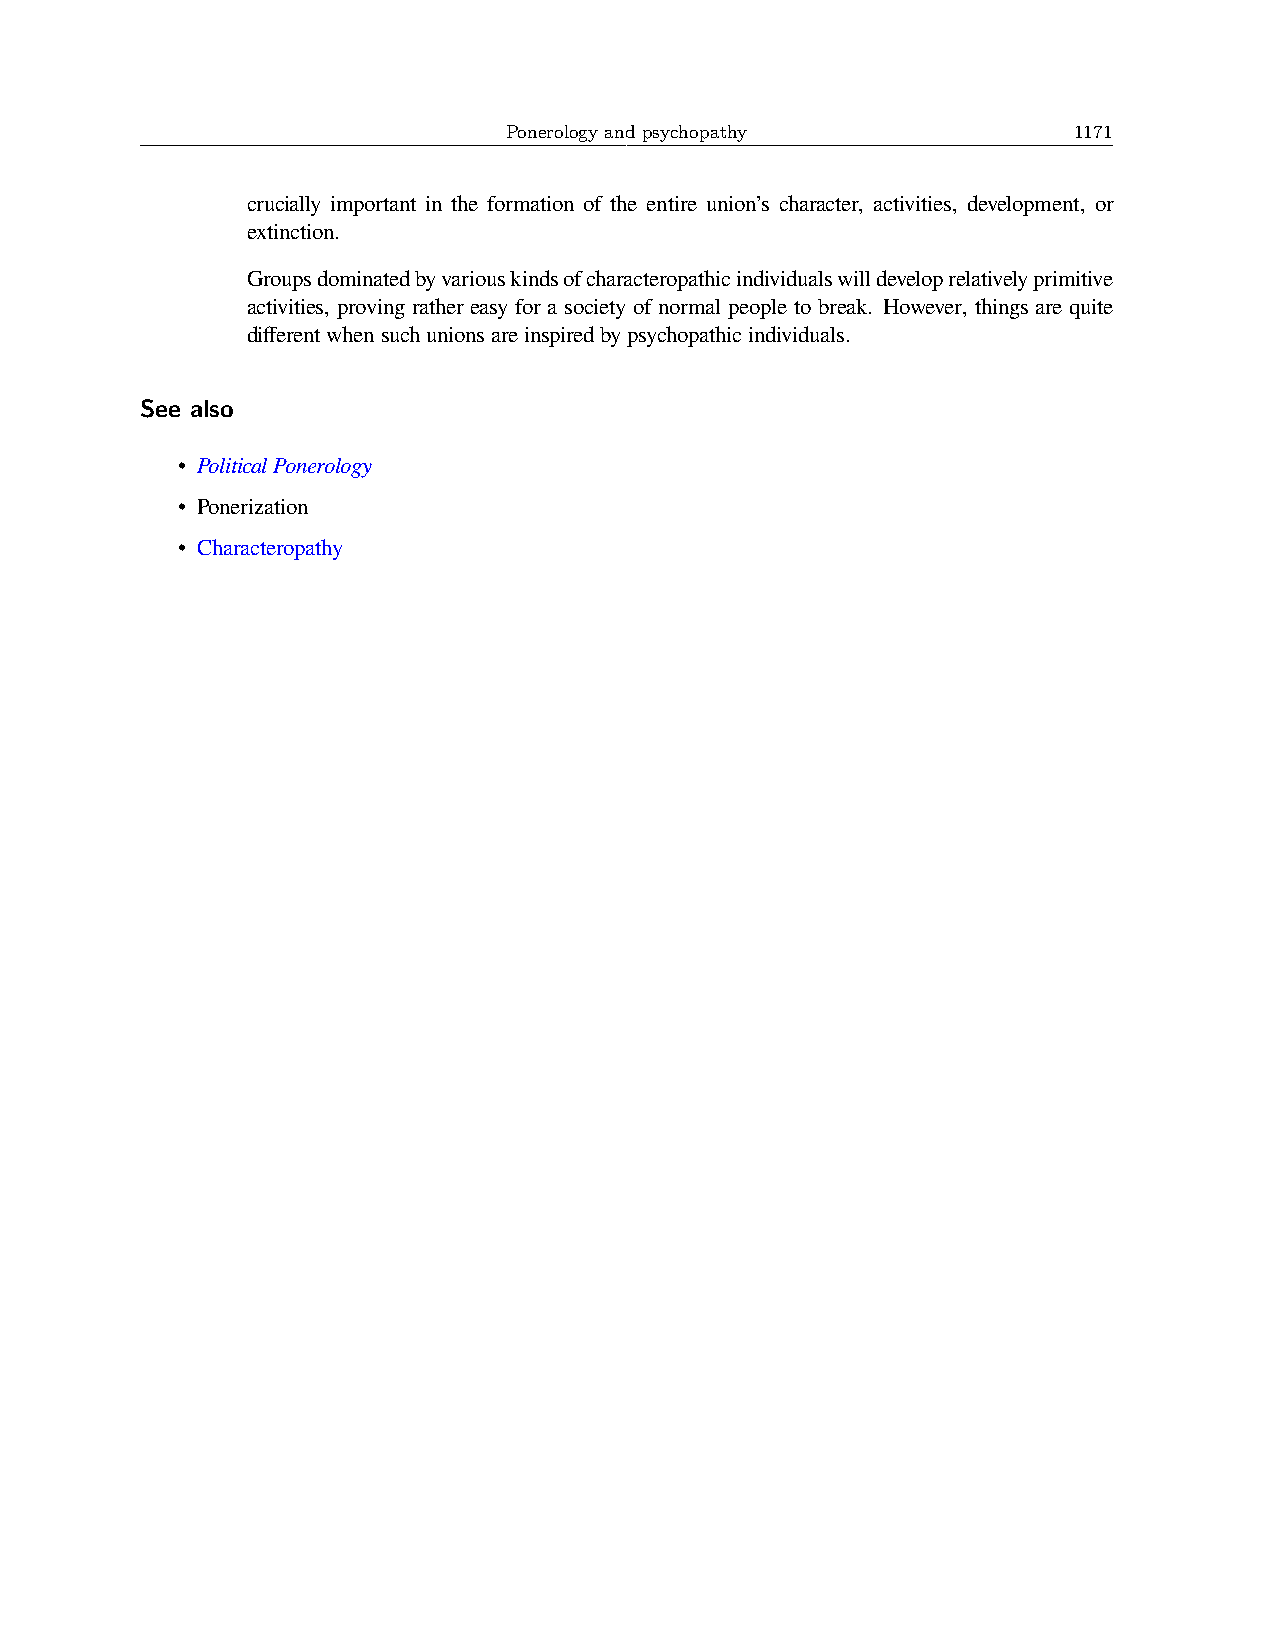
Ponerology and psychopathy            1171
 crucially important in the formation of the entire union’s character, activities, development, or
 extinction.
 Groupsdominatedbyvariouskindsofcharacteropathicindividualswilldeveloprelativelyprimitive
 activities, proving rather easy for a society of normal people to break. However, things are quite
 differentwhensuchunionsareinspiredbypsychopathicindividuals.
 See also
 • PoliticalPonerology
 • Ponerization
 • Characteropathy